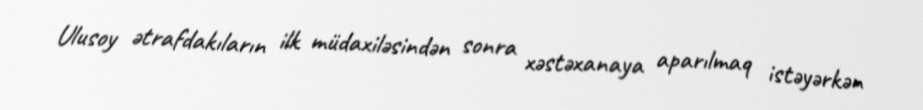
Ulusoy ətrafdakıların ilk müdaxiləsindən sonra xəstəxanaya aparılmaq istəyərkən